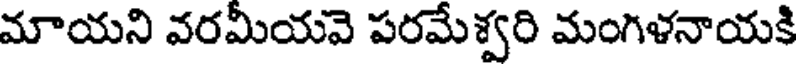
మాయని వరమీయవె పరమేశ్వరి మంగిళనాయకి